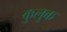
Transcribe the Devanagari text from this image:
कुलुक